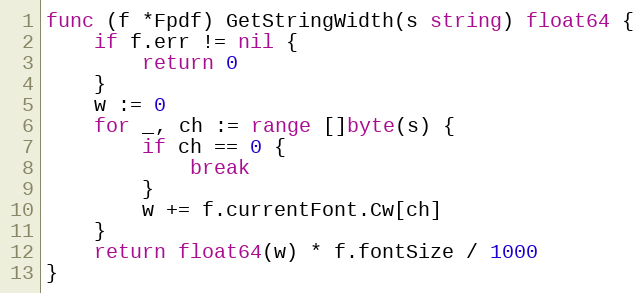
Language: Go
func (f *Fpdf) GetStringWidth(s string) float64 {
	if f.err != nil {
		return 0
	}
	w := 0
	for _, ch := range []byte(s) {
		if ch == 0 {
			break
		}
		w += f.currentFont.Cw[ch]
	}
	return float64(w) * f.fontSize / 1000
}